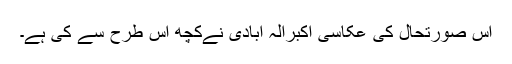
اس صورتحال کی عکاسی اکبرالہ آبادی نےکچھ اس طرح سے کی ہے۔